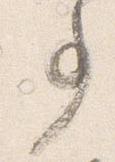
事